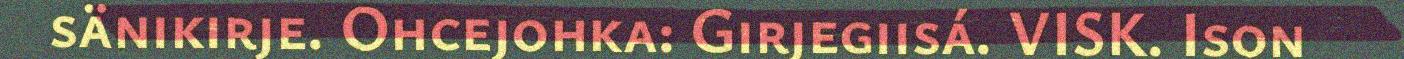
sänikirje. Ohcejohka: Girjegiisá. VISK. Ison